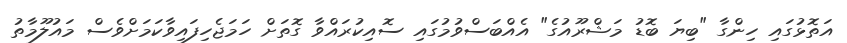
އަތޮޅުގައި ހިންގާ "ބިޔަ ބޮޑު މަޝްރޫއުގެ" އެއްބަސްވުމުގައި ސޮއިކުރައްވާ ގޮތަށް ހަމަޖެހިފައިވާކަމަށްވެސް މައުލޫމާތު